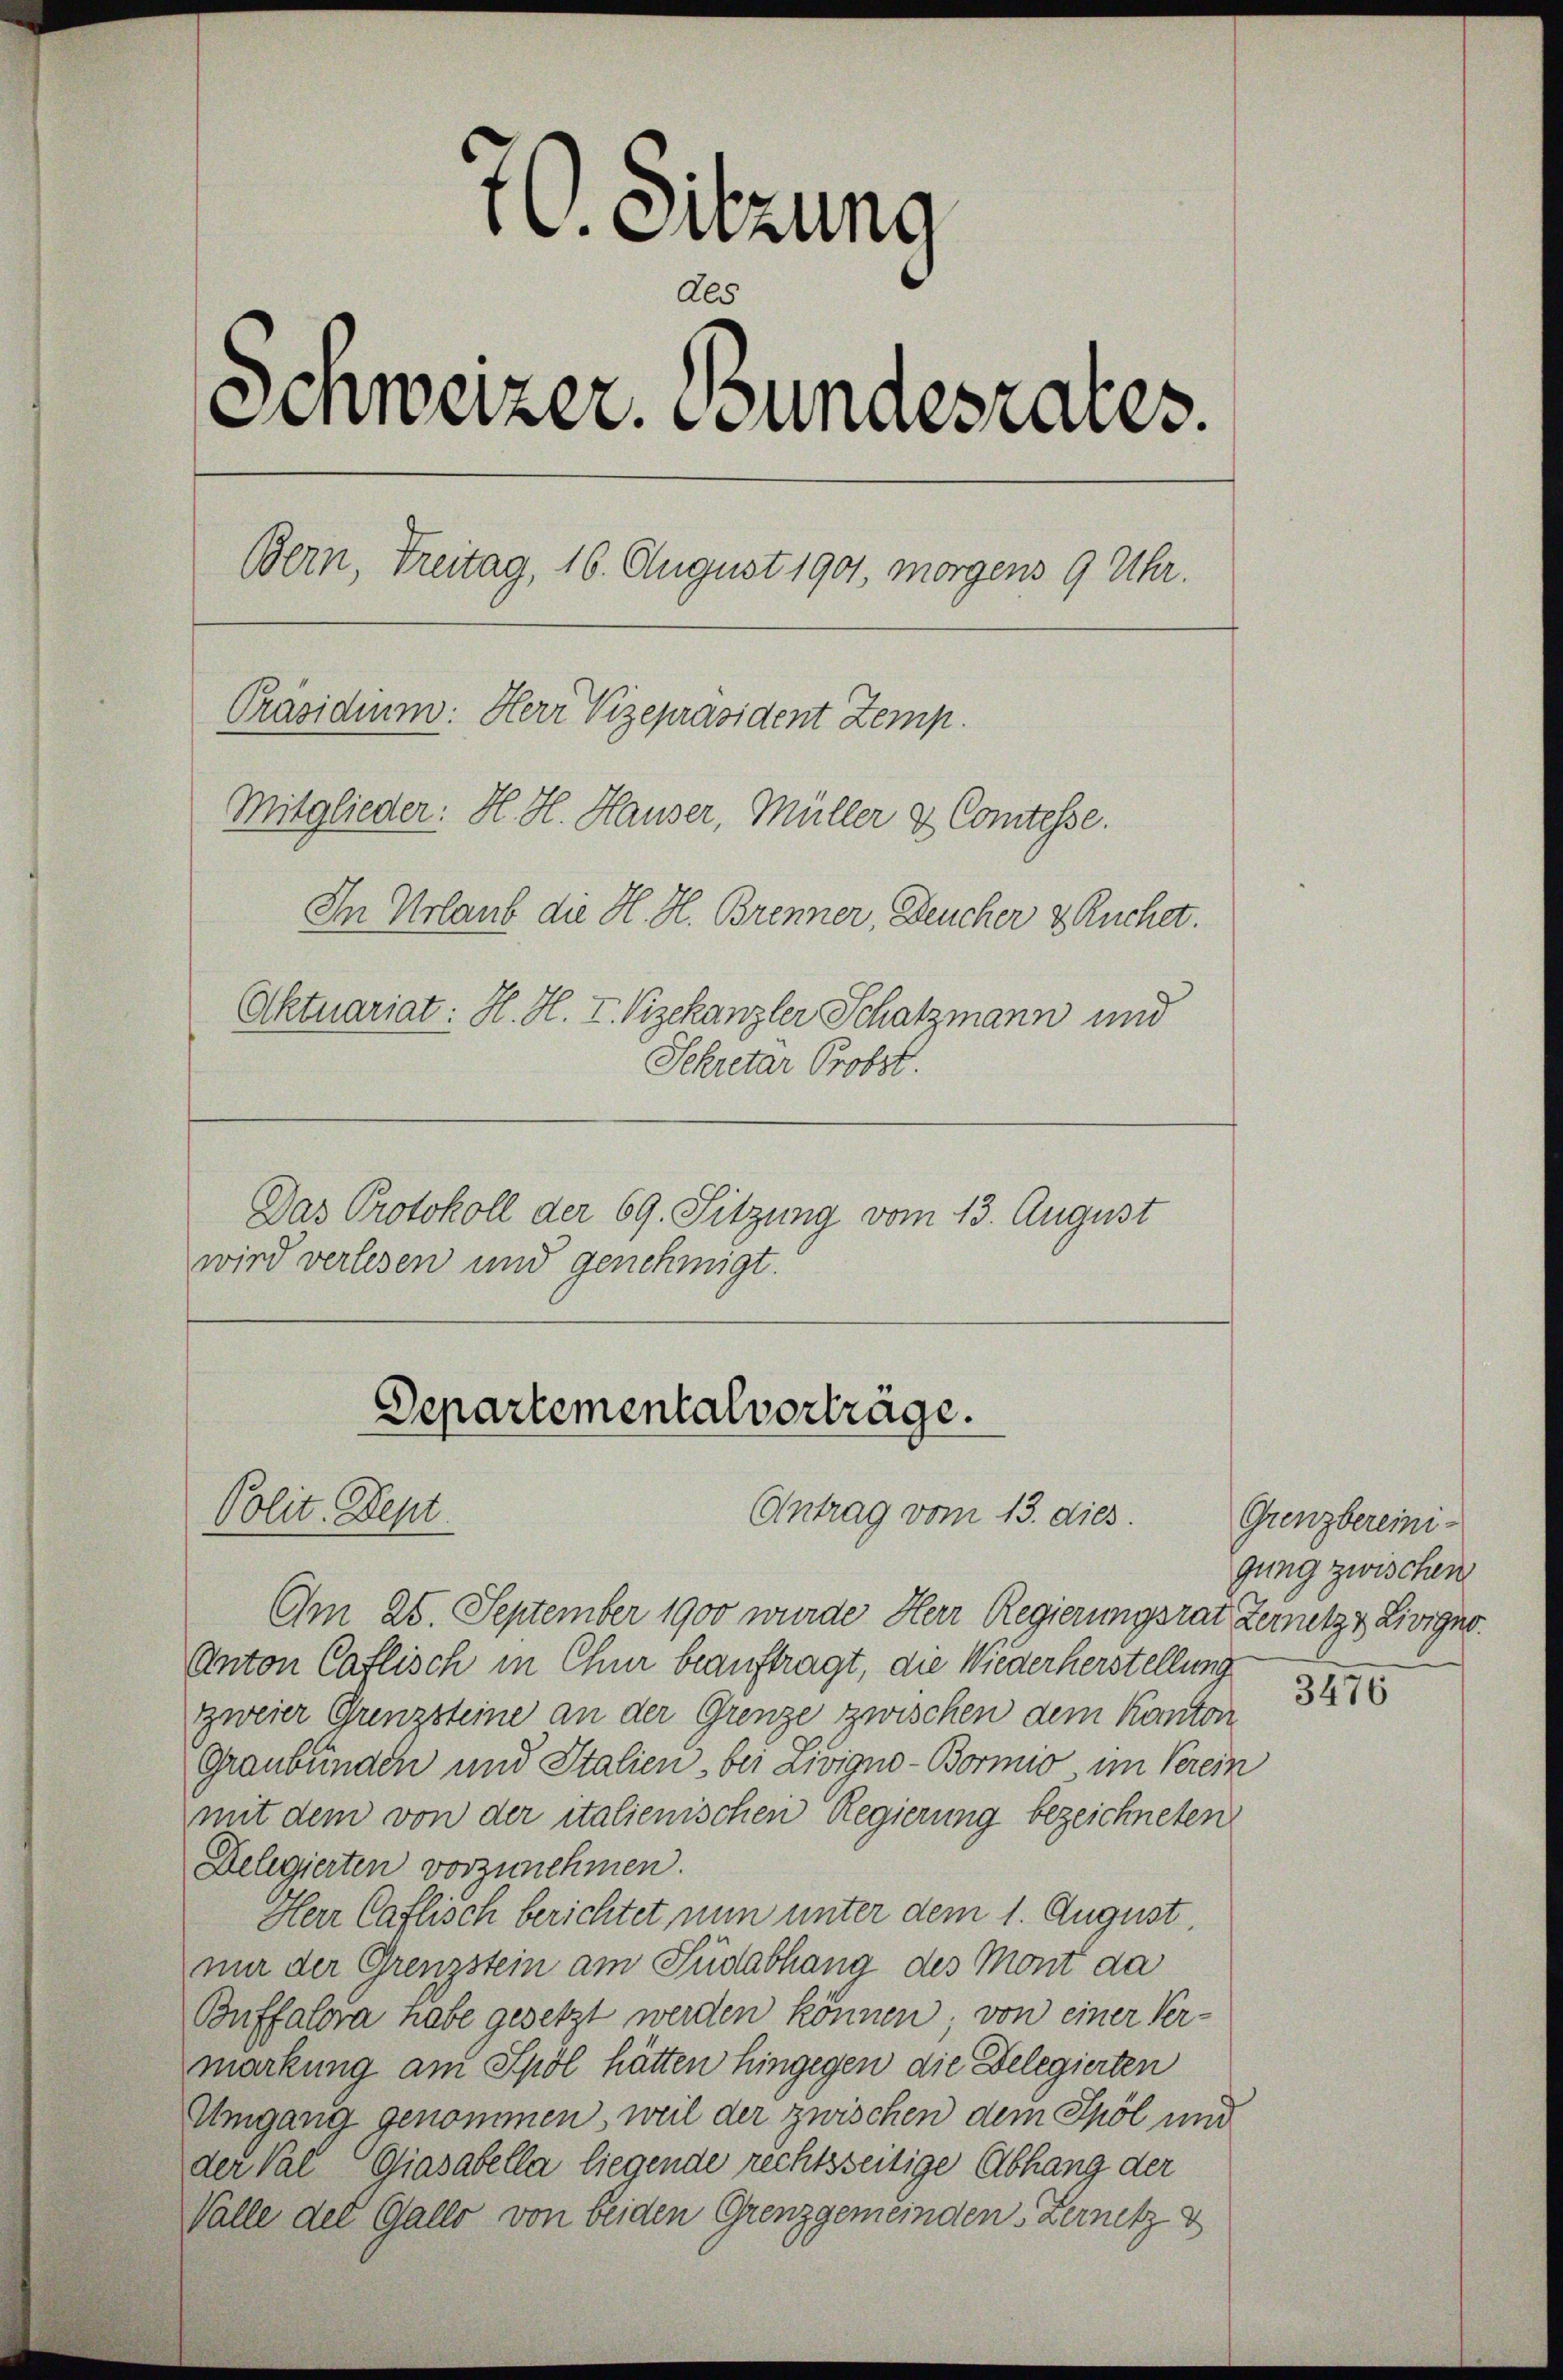
16. Sitzung
Als
Schweizer. Bundesrates.
Bern, Treitag, 16. August 1901, morgens 9 Uhr.
Präsidium: Herr Vizepräsident Zemp.
Mitglieder: H. H. Hauser, Müller & Comtesse.
In Urlaub die H. H. Brenner, Deucher & Ruchet.
Aktuariat: H. H. I. Vizekanzler Schatzmann und
Sekretar Probst.
Das Protokoll der 69. Sitzung vom 13. August
wird verlesen und genehmigt.

Am 25. September 1900 wurde Herr Regierungsrat Zersetzt Livigno
Anton Caflisch in Chur beauftragt, die Wiederherstellung
zweier Grenzsteine an der Grenze zwischen dem Kanton
Graubünden und Stalien, bei Livigno-Bormio, im Verein
mit dem von der italienischen Regierung bezeichneten
Delegierten vorzunehmen.
Herr Caflisch berichtet nun unter dem 1. August.
nur der Grenzstein am Südabhang des Mont da
Buffalora habe gesetzt werden können, von einer Ver-
markung am Spöl hätten hingegen die Delegierten
Umgang genommen, weil der zwischen dem Spöl und
der Val Giasabella liegende rechtsseitige Abhang der
Valle der Gallo von beiden Grenzgemeinden Kernetz d

Departemental vorträge.
Polit. Dept
Antrag vom 13. dies

Grenzbereinigung zwischen

3476